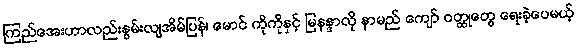
ကြည်အေးဟာလည်းနွမ်းလျအိမ်ပြန်၊ မောင် ကိုကိုနှင့် မြနန္ဒာလို နာမည် ကျော် ဝတ္ထုတွေ ရေးခဲ့ပေမယ့်